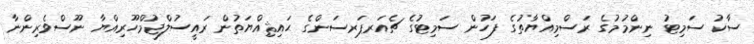
ސާކު ސަމިޓު ނިންމުމުގެ ރަސްމިއްޔާތުގެ ފަހުން ސަމިޓުގެ ޗެއަރޕަރސަންގެ ޙައިޘިއްޔަތުން ރައީސުލްޖުމްހޫރިއްޔާ ނޫސްވެރިންނާ